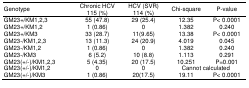
<table><thead><tr><td><b>Genotype</b></td><td><b>Chronic HCV 115 (%)</b></td><td><b>HCV (SVR) 114 (%)</b></td><td><b>Chi-square</b></td><td><b>P-value</b></td></tr></thead><tbody><tr><td>GM23+/KM1,2,3</td><td>55 (47.8)</td><td>29 (25.4)</td><td>12.35</td><td>P&lt; 0.0001</td></tr><tr><td>GM23+/KM1,2</td><td>1 (0.86)</td><td>0</td><td>1.382</td><td>0.240</td></tr><tr><td>GM23+/KM3</td><td>33 (28.7)</td><td>11(9.65)</td><td>13.38</td><td>P&lt; 0.0001</td></tr><tr><td>GM23-/KM1,2,3</td><td>13 (11.3)</td><td>24 (20.9)</td><td>4.019</td><td>0.045</td></tr><tr><td>GM23-/KM1,2</td><td>1 (0.86)</td><td>0</td><td>1.382</td><td>0.240</td></tr><tr><td>GM23-/KM3</td><td>6 (5.2)</td><td>10 (8.8)</td><td>1.113</td><td>0.291</td></tr><tr><td>GM23(+/-)/KM1,2,3</td><td>5 (4.35)</td><td>20 (17.5)</td><td>10.251</td><td>P=0.001</td></tr><tr><td>GM23(+/-)/KM1,2</td><td>0</td><td>0</td><td colspan="2">Cannot calculated</td></tr><tr><td>GM23(+/-)/KM3</td><td>1 (0.86)</td><td>20(17.5)</td><td>19.11</td><td>P&lt; 0.0001</td></tr></tbody></table>